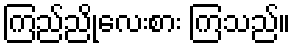
ကြည်ညိုလေးစား ကြသည်။